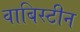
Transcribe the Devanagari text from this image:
वाबिस्टीन